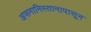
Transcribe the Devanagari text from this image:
अफगानिस्तानापासून